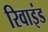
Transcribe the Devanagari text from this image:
रिवाइंड